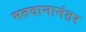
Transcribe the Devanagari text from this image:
मतदानानंतर